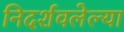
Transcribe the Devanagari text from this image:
निदर्शवलेल्या